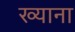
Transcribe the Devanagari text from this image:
ख्याना